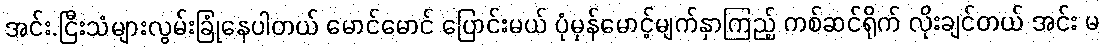
အင်း.ငြီးသံများလွမ်းခြုံနေပါတယ် မောင်မောင် ပြောင်းမယ် ပုံမှန်မောင့်မျက်နှာကြည့် ကစ်ဆင်ရိုက် လိုးချင်တယ် အင်း မ